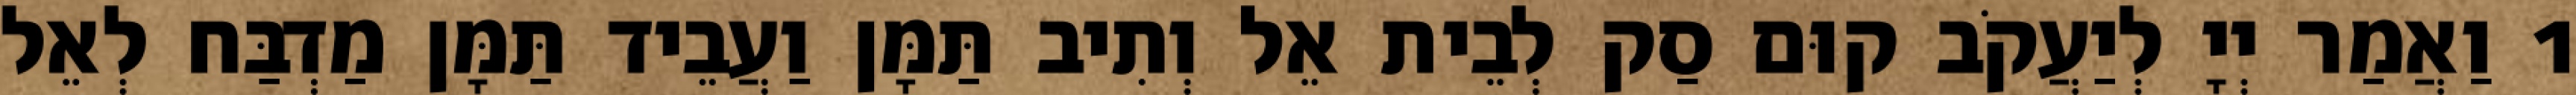
1 וַאֲמַר יְיָ לְיַעֲקֹב קוּם סַק לְבֵית אֵל וְתִיב תַּמָּן וַעֲבֵיד תַּמָּן מַדְבַּח לְאֵל